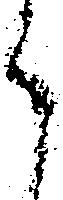
ら